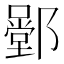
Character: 𨞱